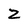
Character: Z